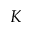
K